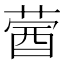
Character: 蒏